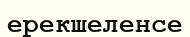
ерекшеленсе